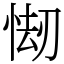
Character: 㥘